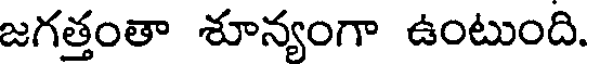
జగత్తంతా శూన్యంగా ఉంటుంది.